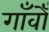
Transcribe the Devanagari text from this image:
गाँवोँ